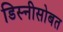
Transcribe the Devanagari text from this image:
डिस्नीसोबत